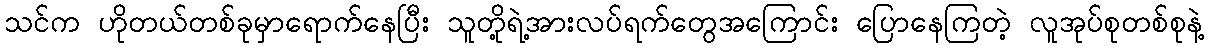
သင်က ဟိုတယ်တစ်ခုမှာရောက်နေပြီး သူတို့ရဲ့အားလပ်ရက်တွေအကြောင်း ပြောနေကြတဲ့ လူအုပ်စုတစ်စုနဲ့